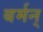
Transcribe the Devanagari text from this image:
बर्मन्